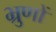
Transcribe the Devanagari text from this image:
भ्रुणों